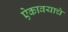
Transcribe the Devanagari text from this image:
ऐकावयाचे